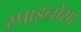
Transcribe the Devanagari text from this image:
स्पाइनोसा